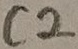
Text: C2